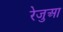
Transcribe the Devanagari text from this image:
रेजुआ